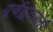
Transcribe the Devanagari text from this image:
पूर्वद्रूतगती